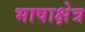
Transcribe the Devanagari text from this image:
भाषाक्षेत्र